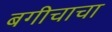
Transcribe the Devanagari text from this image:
बगीचाचा